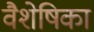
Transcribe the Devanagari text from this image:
वैशेषिका